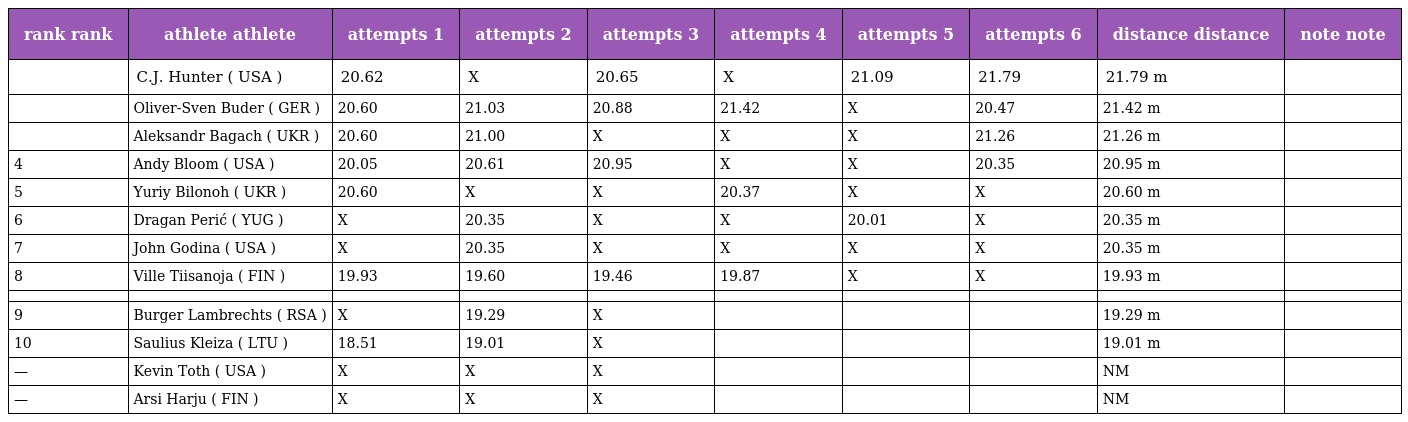
| rank rank | athlete athlete | attempts 1 | attempts 2 | attempts 3 | attempts 4 | attempts 5 | attempts 6 | distance distance | note note |
 | --- | --- | --- | --- | --- | --- | --- | --- | --- | --- |
 |  | C.J. Hunter ( USA ) | 20.62 | X | 20.65 | X | 21.09 | 21.79 | 21.79 m |  |
 |  | Oliver-Sven Buder ( GER ) | 20.60 | 21.03 | 20.88 | 21.42 | X | 20.47 | 21.42 m |  |
 |  | Aleksandr Bagach ( UKR ) | 20.60 | 21.00 | X | X | X | 21.26 | 21.26 m |  |
 | 4 | Andy Bloom ( USA ) | 20.05 | 20.61 | 20.95 | X | X | 20.35 | 20.95 m |  |
 | 5 | Yuriy Bilonoh ( UKR ) | 20.60 | X | X | 20.37 | X | X | 20.60 m |  |
 | 6 | Dragan Perić ( YUG ) | X | 20.35 | X | X | 20.01 | X | 20.35 m |  |
 | 7 | John Godina ( USA ) | X | 20.35 | X | X | X | X | 20.35 m |  |
 | 8 | Ville Tiisanoja ( FIN ) | 19.93 | 19.60 | 19.46 | 19.87 | X | X | 19.93 m |  |
 |  |  |  |  |  |  |  |  |  |  |
 | 9 | Burger Lambrechts ( RSA ) | X | 19.29 | X |  |  |  | 19.29 m |  |
 | 10 | Saulius Kleiza ( LTU ) | 18.51 | 19.01 | X |  |  |  | 19.01 m |  |
 | — | Kevin Toth ( USA ) | X | X | X |  |  |  | NM |  |
 | — | Arsi Harju ( FIN ) | X | X | X |  |  |  | NM |  |